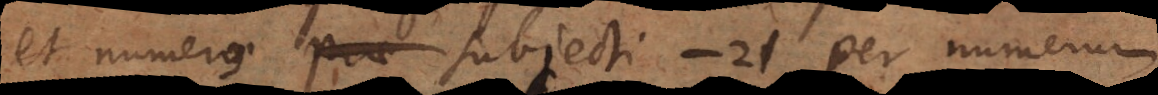
et numerus subjecti − 21 per numerum